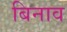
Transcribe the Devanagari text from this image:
बिनाव